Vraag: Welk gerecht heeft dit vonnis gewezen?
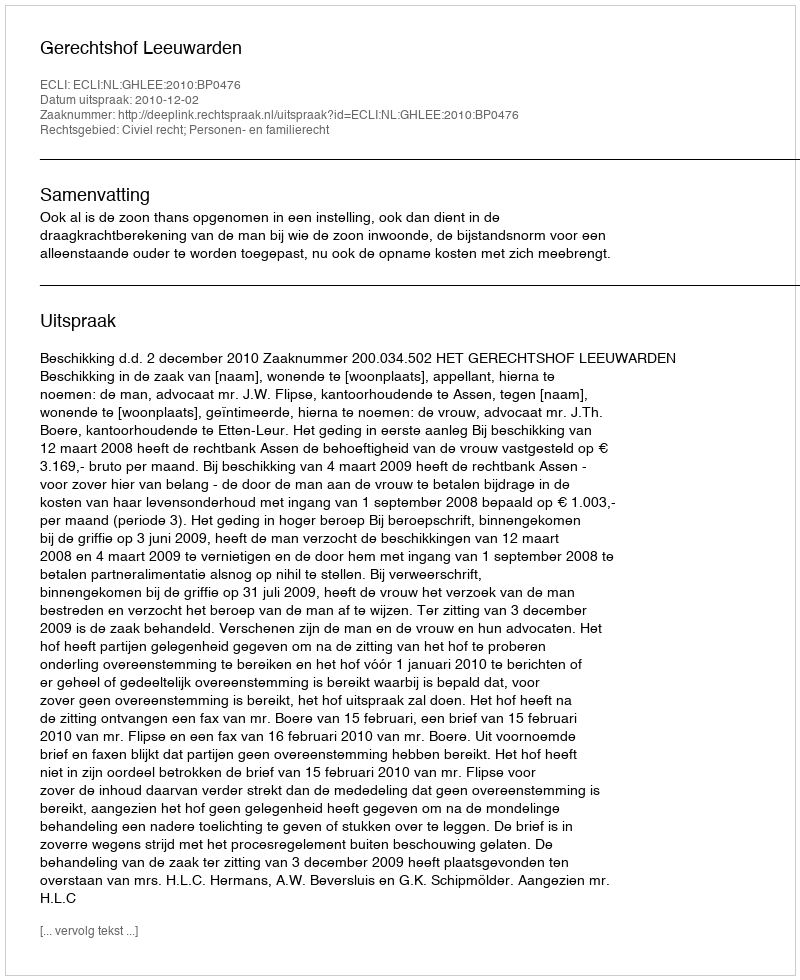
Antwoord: Gerechtshof Leeuwarden